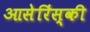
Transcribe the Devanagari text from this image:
आसेरिंस्की